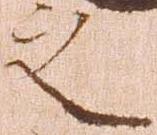
之